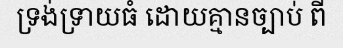
ទ្រង់ទ្រាយធំ ដោយគ្មានច្បាប់ ពី